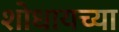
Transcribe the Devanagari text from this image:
शोधायच्या